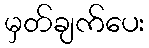
မှတ်ချက်ပေး